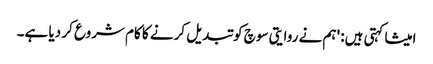
امیشا کہتی ہیں: 'ہم نے روایتی سوچ کو تبدیل کرنے کا کام شروع کر دیا ہے۔